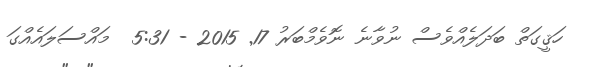
ހަޤީގަތް ބަދަލެއްވެސް ނުވާނެ ނޮވެމްބަރު 17